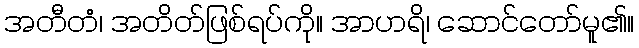
အတီတံ၊ အတိတ်ဖြစ်ရပ်ကို။ အာဟရိ၊ ဆောင်တော်မူ၏။